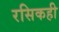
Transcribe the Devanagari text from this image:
रसिकही